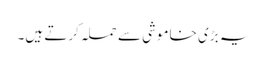
یہ بڑی خاموشی سے حملہ کرتے ہیں۔